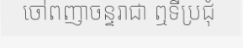
ចៅពញាចន្ទរាជា ឮទីប្រជុំ